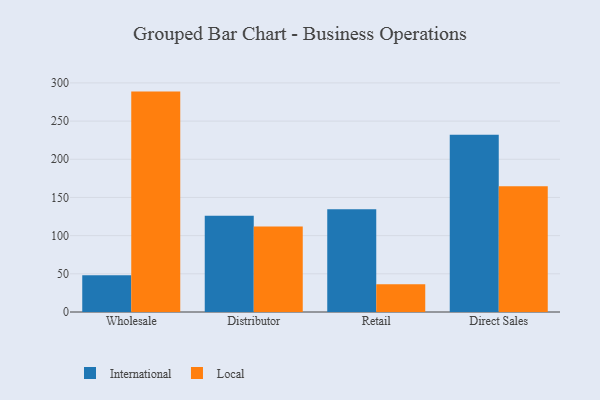
{"axis": {"x": "Channel", "y": "LTV (USD)"}, "legend": ["International", "Local"], "data": [{"x": "Wholesale", "y": 48.1, "type": "International"}, {"x": "Wholesale", "y": 288.6, "type": "Local"}, {"x": "Distributor", "y": 126.0, "type": "International"}, {"x": "Distributor", "y": 111.8, "type": "Local"}, {"x": "Retail", "y": 134.5, "type": "International"}, {"x": "Retail", "y": 36.5, "type": "Local"}, {"x": "Direct Sales", "y": 232.2, "type": "International"}, {"x": "Direct Sales", "y": 164.5, "type": "Local"}]}